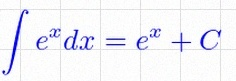
\int e^x dx=e^x+C